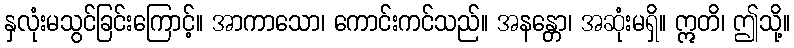
နှလုံးမသွင်ခြင်းကြောင့်။ အာကာသော၊ ကောင်းကင်သည်။ အနန္တော၊ အဆုံးမရှိ။ ဣတိ၊ ဤသို့။